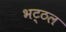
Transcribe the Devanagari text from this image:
भट्ठल